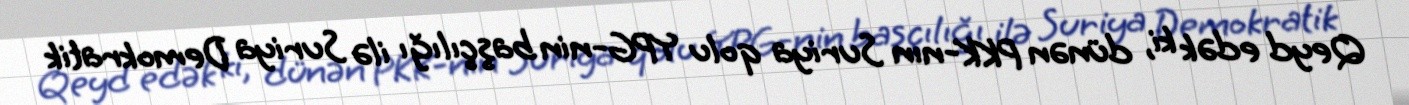
Qeyd edək ki, dünən PKK-nın Suriya qolu YPG-nin başçılığı ilə Suriya Demokratik